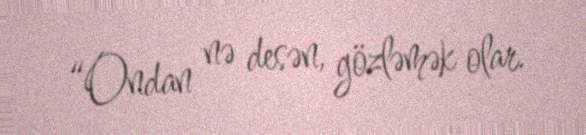
“Ondan nə desən, gözləmək olar.